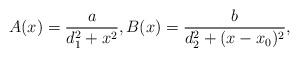
LaTeX: \begin{align*}A(x) = \frac{a}{d_1^2+x^2},B(x) = \frac{b}{d_2^2+(x-x_0)^2},\end{align*}